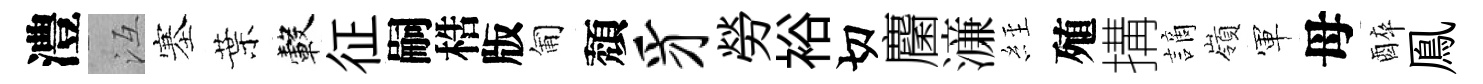
澧冱塞葉轂征嗣梏版匍頽豸勞裕切麕濓𦀇殖搆謫嶺軍母醉鳯